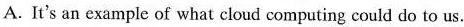
A. It's an example of what cloud computing could do to us.